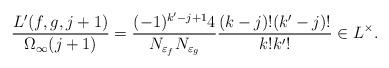
LaTeX: \begin{align*} \frac{L'(f, g,j+1)}{\Omega_\infty(j+1)}= \frac{(-1)^{k'-j+1}4}{N_{\varepsilon_f}N_{\varepsilon_g}}\frac{(k-j)!(k'-j)!}{k!k'!}\in L^\times. \end{align*}